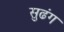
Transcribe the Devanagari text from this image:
सुढंग